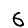
Digit: 6